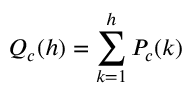
Q _ { c } ( h ) = \sum _ { k = 1 } ^ { h } P _ { c } ( k )